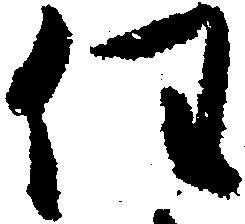
任